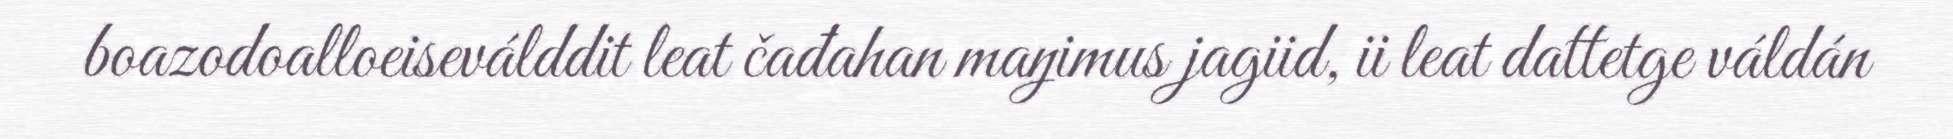
boazodoalloeiseválddit leat čađahan maŋimus jagiid, ii leat dattetge váldán